Annual administration and progress report of the Indian Medical Department, Bombay
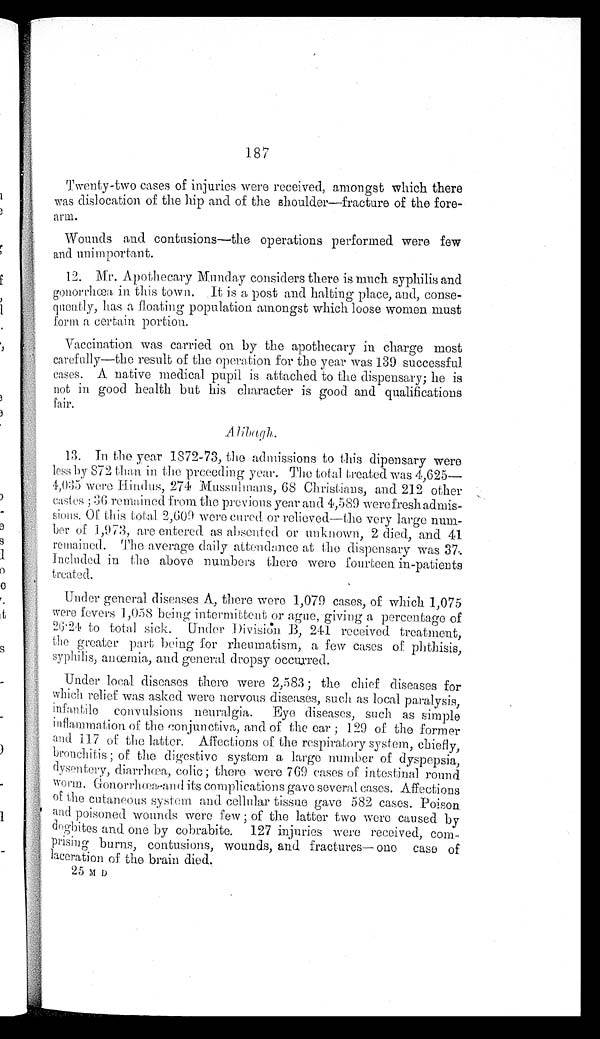
187
Twenty-two cases of injuries were received, amongst which there
was dislocation of the hip and of the shoulder—fracture of the fore
-
arm.
Wounds and contusions—the operations performed were few
and unimportant.
12. Mr. Apothecary Munday considers there is much syphilis and
gonorrhœa in this town. It is a post and halting place, and, conse
-
quently, has a floating population amongst which loose women must
form a certain portion.
Vaccination was carried on by the apothecary in charge most
carefully—the result of the operation for the year was 139 successful
cases. A native medical pupil is attached to the dispensary; he is
not in good health but his character is good and qualifications
fair.
Alibagh.
13. In the year 1872-73, the admissions to this dipensary were
less by 872 than in the prceeding year. The total treated was 4,625
—
4 , 0 3 5 w e r e H i n d u s , 2 7 4 M u s s u l m a n s , 6 8 C h r i s t i a n s , a n d 2 1 2 o t h e r
castes; 36 remained from the previous year and 4,589 were fresh admis
-
sions.Of this total 2,609 were cured or relieved—the very large num-
ber of 1,973, arc entered as absented or unknown, 2 died, and 41
remained. The average daily attendance at the dispensary was 37.
Included in the above numbers there were fourteen in-patients
treated.
Under general diseases A, there were 1,079 cases, of which 1,075
were fevers 1,058 being intermittent or ague, giving a percentage of
26.24 to total sick. Under Division B, 241 received treatment,
the greater part being for rheumatism, a few cases of plithisis,
syphilis, anœmia, and general dropsy occurred.
Under local diseases there were 2,583; the chief diseases for
which relief was asked were nervous diseases, such as local paralysis,
infantile convulsions neuralgia. Eye diseases, such as simple
i nfl ammat i on of t he conj unct i va, and of t he ear; 129 of t he former
and 117 of the latter. Affections of the respiratory system, chiefly,
bronchitis; of the digestive system a large number of dyspepsia,
dysentery, diarrhœa, colic; there were 769 cases of intestinal round
worm. Gonorrhœa-and its complications gave several cases. Affections
of the cutaneous system and cellular tissue gave 582 cases. Poison
and poisoned wounds were few; of the latter two were caused by
dogbites and one by cobrabite. 127 injuries were received, co
m -
prising burns, contusions, wounds, and fractures— one case of
laceration of the brain died.
2 5 M D